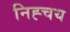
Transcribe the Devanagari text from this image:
निह्चय